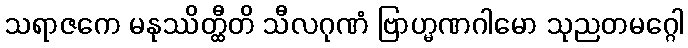
သရာဇကေ မနုဿိတ္ထီတိ သီလဂုဏံ ဗြာဟ္မဏဂါမော သုညတမဂ္ဂေါ